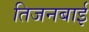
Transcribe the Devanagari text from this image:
तिजनबाई